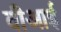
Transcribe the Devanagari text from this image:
वीआई